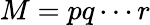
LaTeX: M=pq\cdots r